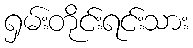
ရှမ်းတိုင်းရင်းသား